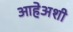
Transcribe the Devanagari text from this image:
आहेअशी